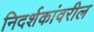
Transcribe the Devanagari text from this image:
निदर्शकांवरील